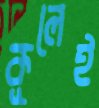
কূলেই